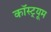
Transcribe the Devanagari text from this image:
कॉस्ट़्यूम